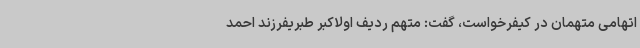
اتهامی متهمان در کیفرخواست، گفت: متهم ردیف اولاکبر طبریفرزند احمد